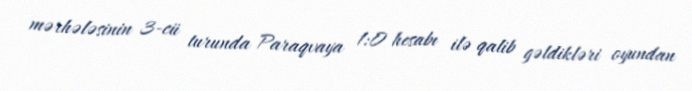
mərhələsinin 3-cü turunda Paraqvaya 1:0 hesabı ilə qalib gəldikləri oyundan